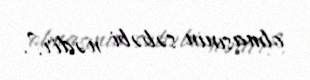
olmasının səbəbi nədir?.